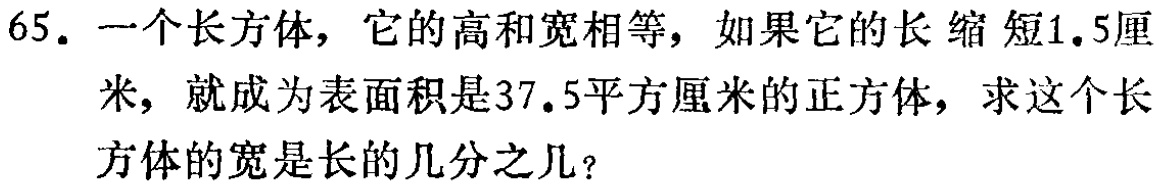
65. 一个长方体，它的高和宽相等，如果它的长缩短1.5厘米，就成为表面积是37.5平方厘米的正方体，求这个长方体的宽是长的几分之几？